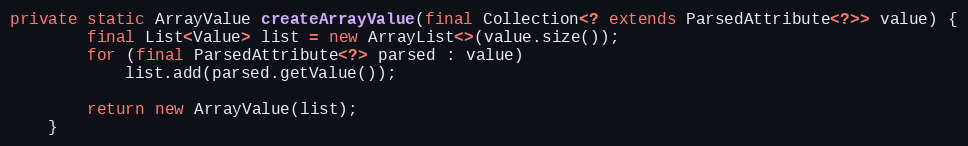
Language: Java
private static ArrayValue createArrayValue(final Collection<? extends ParsedAttribute<?>> value) {
		final List<Value> list = new ArrayList<>(value.size());
		for (final ParsedAttribute<?> parsed : value)
			list.add(parsed.getValue());

		return new ArrayValue(list);
	}